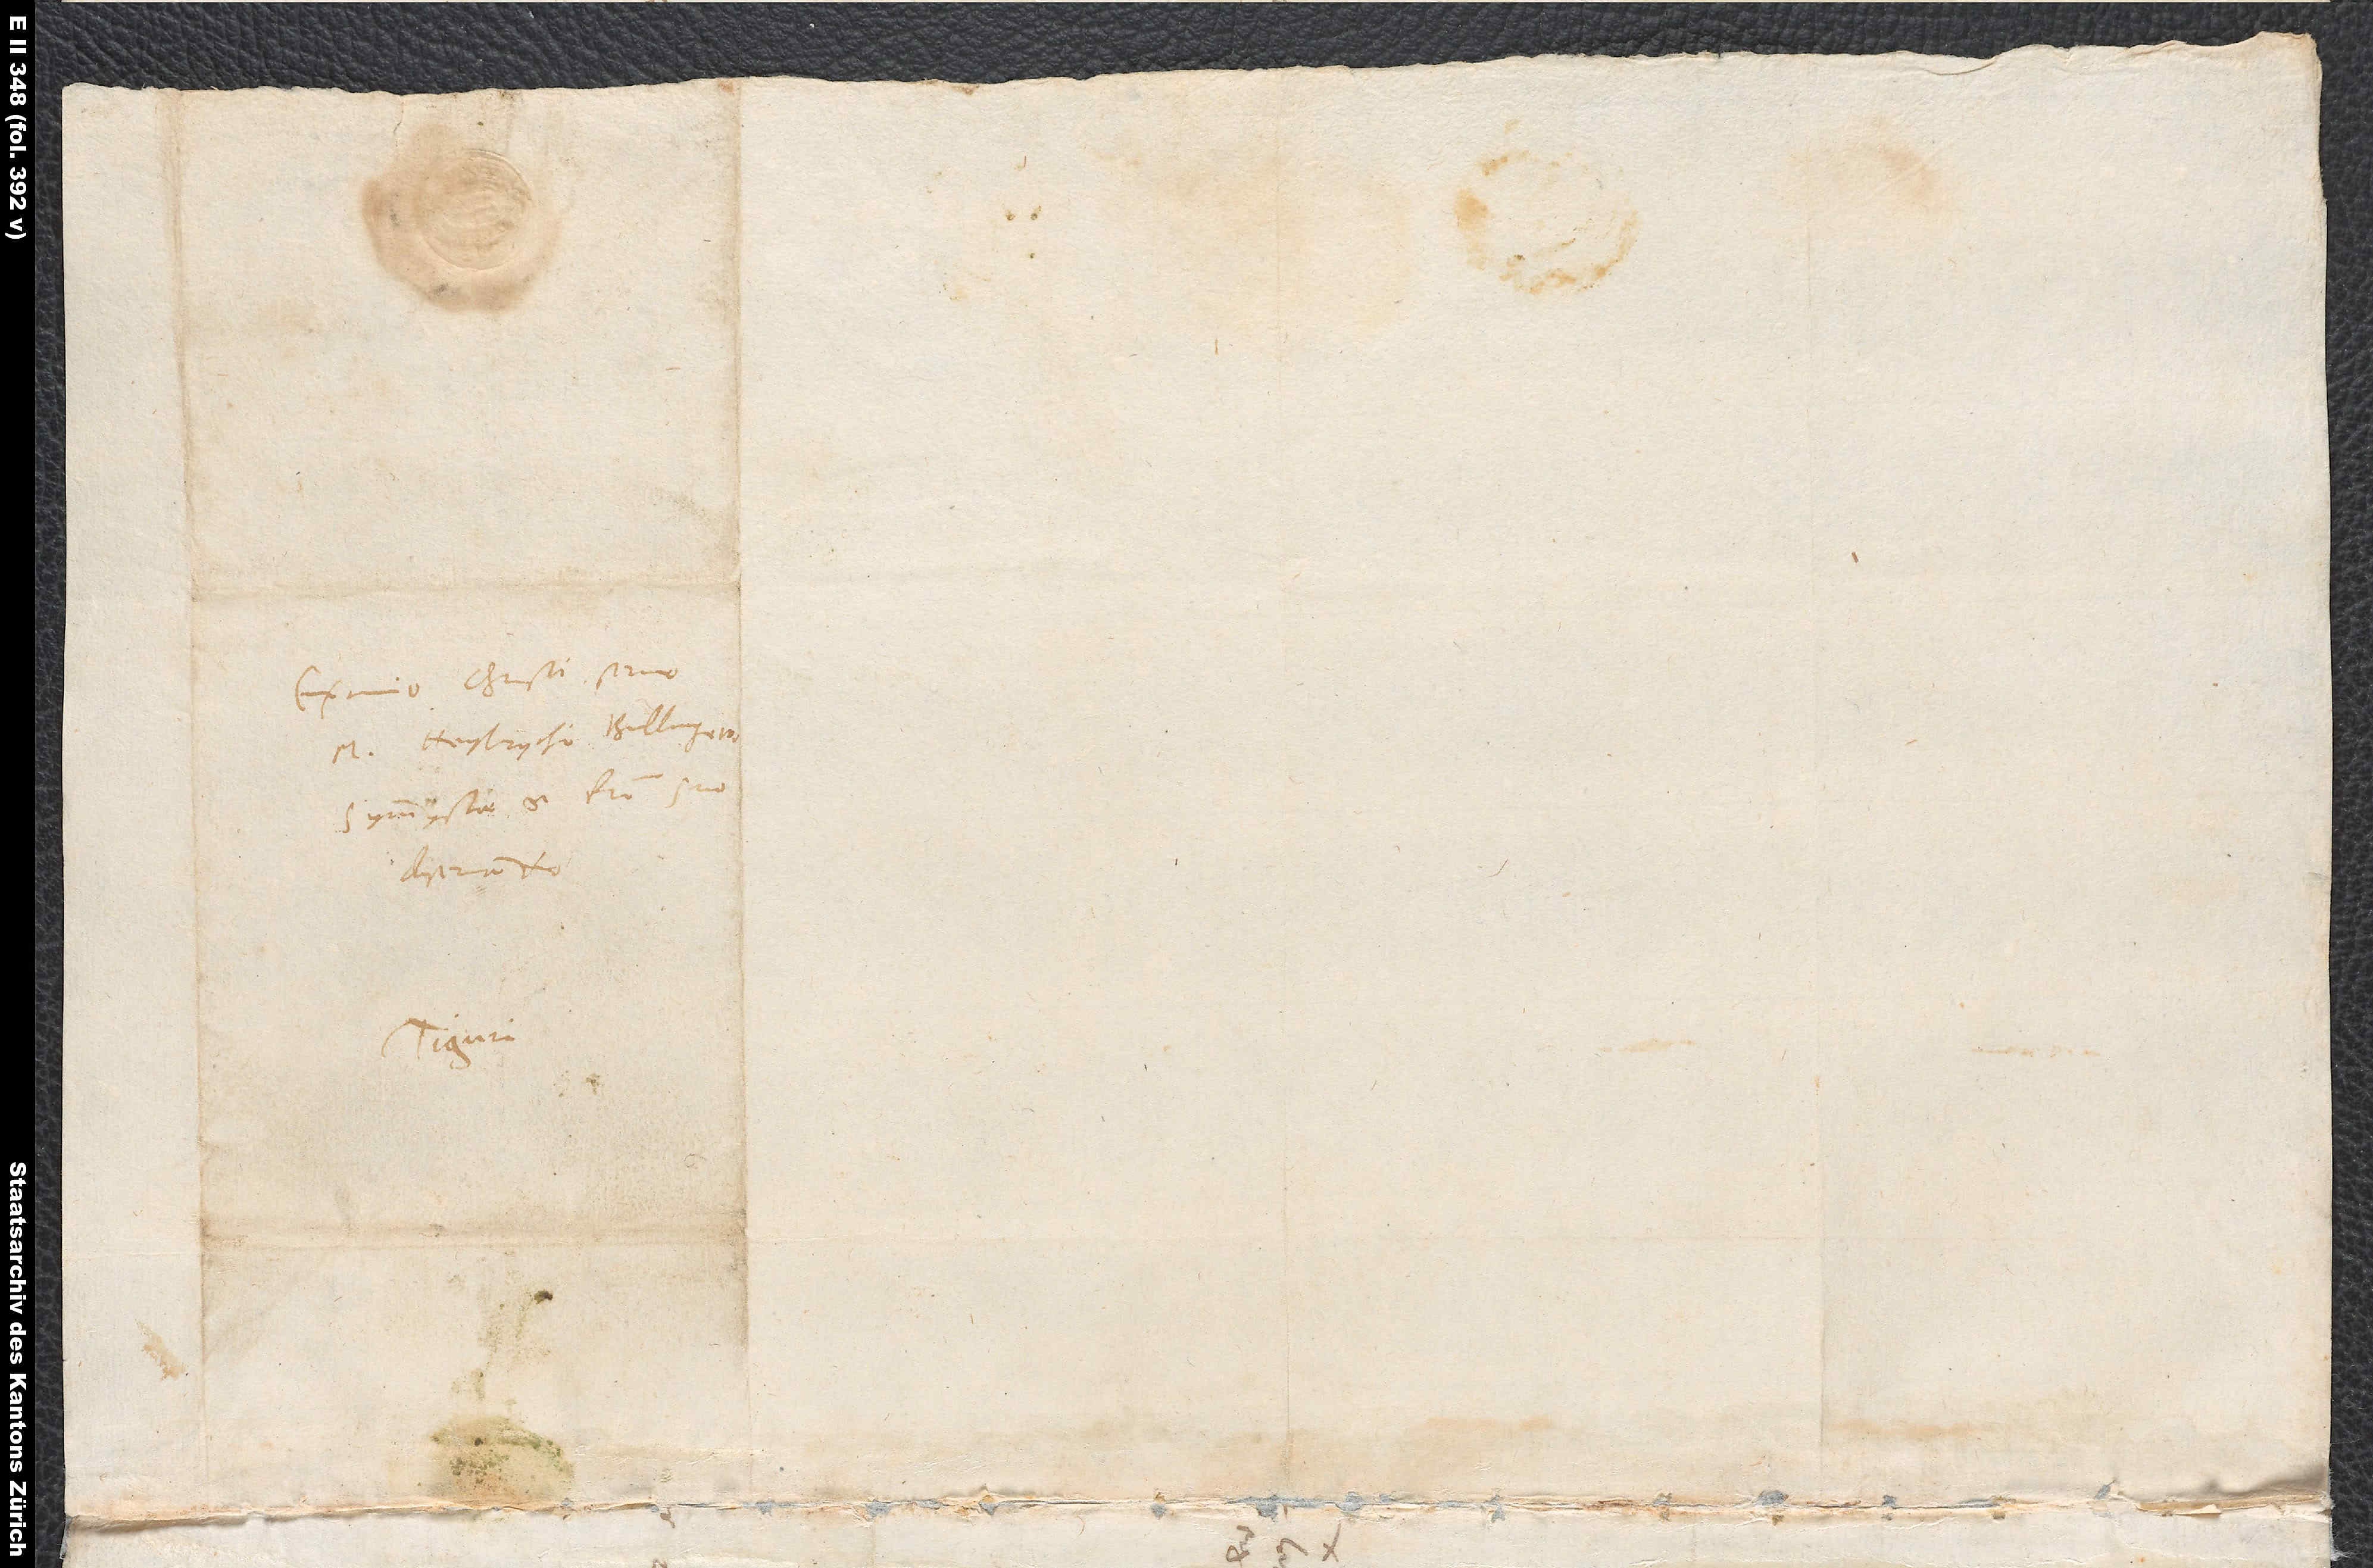
Eximio Christi servo
M. Heylrycho Bullingero,
symmystae et fratri suo
Tiguri.